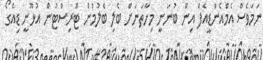
ނަމަވެސް އެމްއެންޑީއެފް އިން ބުނަނީ މިހާތަނަށް ބެލި ބެލުމުން ޓޫރިސްޓުން އުޅޫނީ ޑިއެގޯ